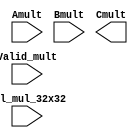
/* Empty Verilog model of QLAL4S3 Multiplier */

/*qlal4s3_mult_cell*/
(* synthesis, black_box  *)
module qlal4s3_mult_cell_macro ( Amult, Bmult, Valid_mult, sel_mul_32x32, Cmult);

input [31:0] Amult;
input [31:0] Bmult;
input [1:0] Valid_mult;
input sel_mul_32x32;
output [63:0] Cmult;

endmodule